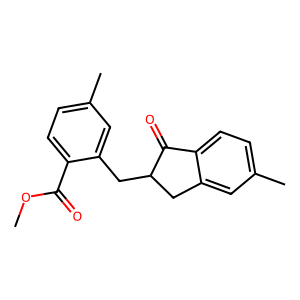
SMILES: COC(=O)c1ccc(C)cc1CC1Cc2cc(C)ccc2C1=O
Inhibits HIV replication: No